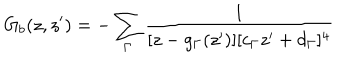
LaTeX: G _ { b } ( z , z ^ { \prime } ) = - \sum _ { \Gamma } \frac { 1 } { [ z - g _ { \Gamma } ( z ^ { \prime } ) ] [ c _ { \Gamma } z ^ { \prime } + d _ { \Gamma } ] ^ { 4 } }